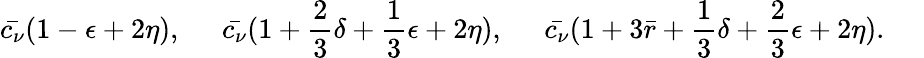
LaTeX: \bar{c_{\nu}}(1-\epsilon+2\eta),\; \; \; \; \; \bar{c_{\nu}}(1+\frac{2}{3}\delta+\frac{1}{3}\epsilon+2\eta),\; \; \; \; \; \bar{c_{\nu}}(1+3\bar{r}+\frac{1}{3}\delta+\frac{2}{3}\epsilon+2\eta).\; \; \; \; \;